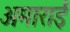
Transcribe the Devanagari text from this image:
अमाराई